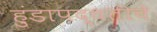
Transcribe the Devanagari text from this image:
हुंडापद्धतीचे